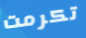
تكرمت